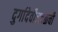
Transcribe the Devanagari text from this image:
दुर्गादेवीजवळची